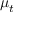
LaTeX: { \boldsymbol { \mu } } _ { t }